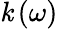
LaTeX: \mathit{k}\left(\omega\right)